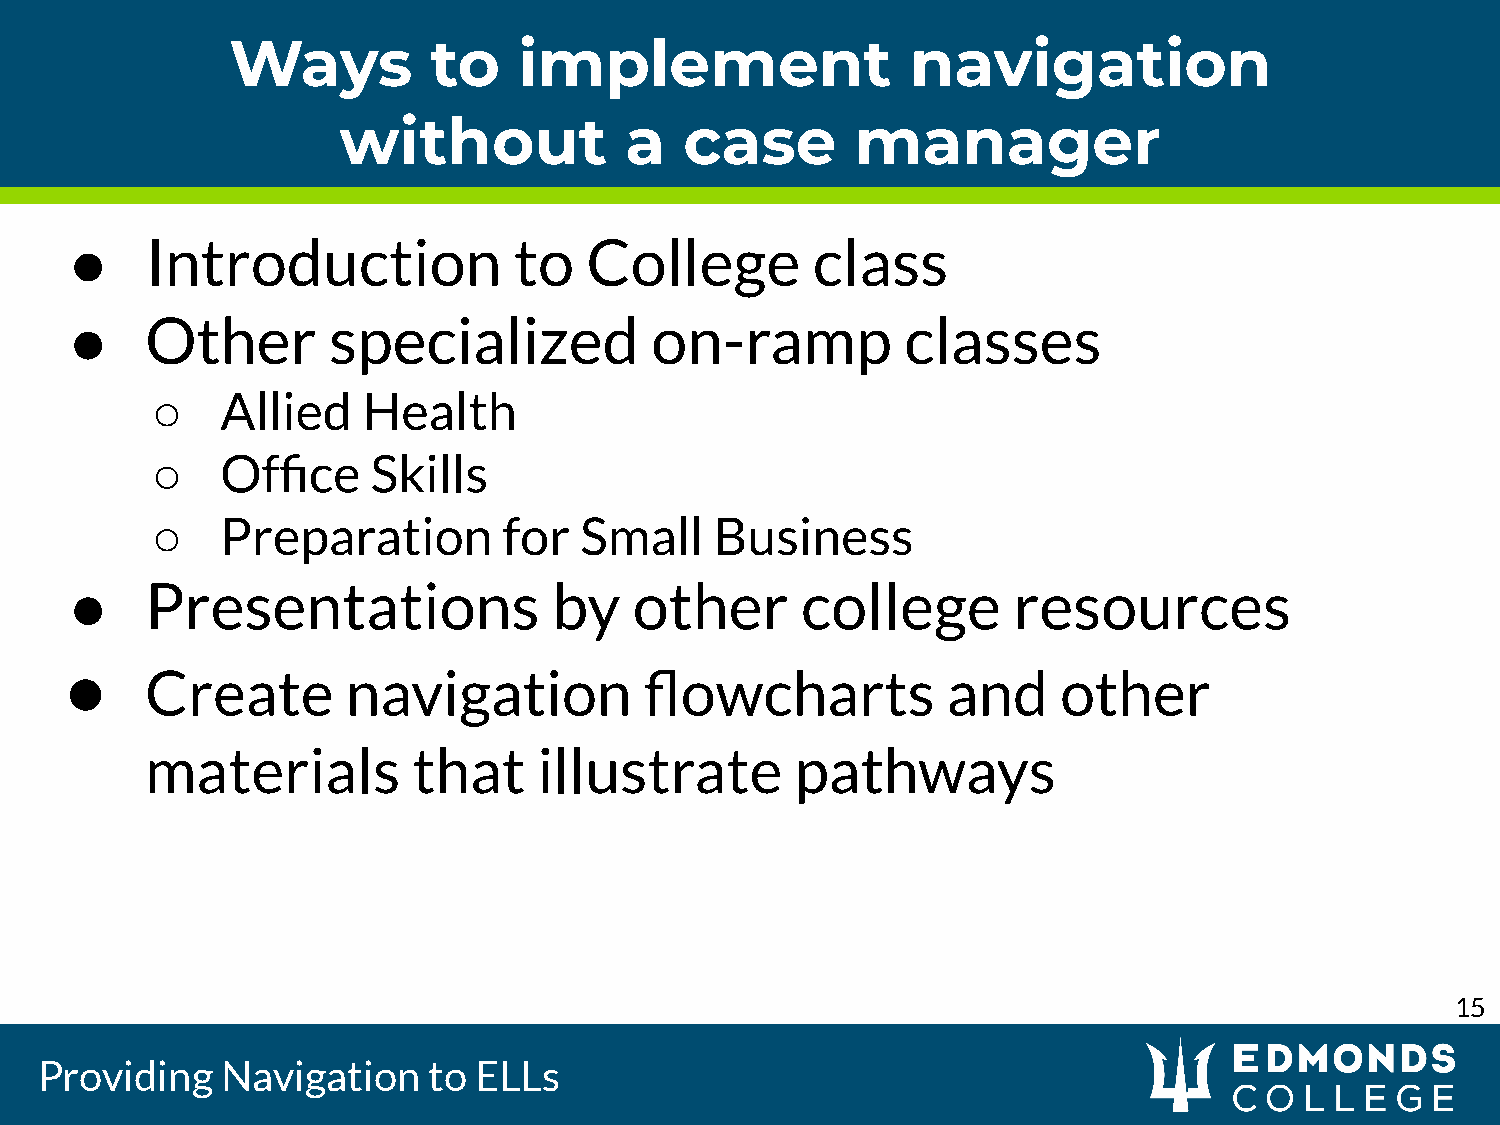
Ways          to   implement                 navigation
 without            a   case        manager
 ●    Introduction            to   College        class
 ●    Other       specialized          on-ramp          classes
 ○    Allied   Health
 ○    Office    Skills
 ○    Preparation       for  Small    Business
 ●    Presentations              by   other      college       resources
 ●
 Create       navigation          flowcharts          and    other
 materials        that     illustrate       pathways
 15
 Providing    Navigation   to ELLs